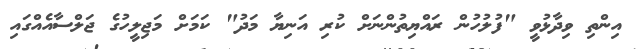
އިންތި ވިދާޅުވީ "ފުލުހުން ރައްޔިތުންނަށް ކުރި އަނިޔާ މަދު" ކަމަށް މަޖިލީހުގެ ޖަލްސާއެއްގައި